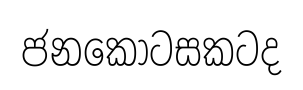
ජනකොටසකටද